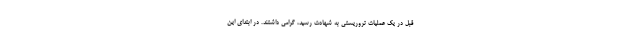
قبل در یک عملیات تروریستی به شهادت رسید، گرامی داشتند. در ابتدای این